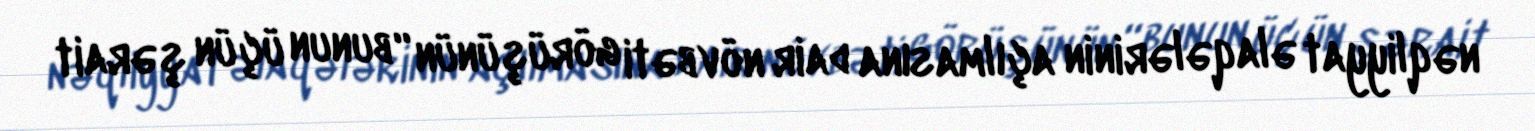
nəqliyyat əlaqələrinin açılmasına dair növbəti görüşünün “bunun üçün şərait